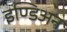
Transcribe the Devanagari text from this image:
इण्डिअन